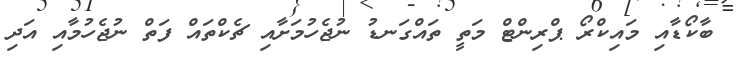
ބާކޯޑާއި މައިކްރޯ ޕްރިންޓް މަތީ ތައްގަނޑު ނުޖެހުމަށާއި ޗެކްތައް ފަތް ނުޖެހުމާއި އަދި